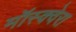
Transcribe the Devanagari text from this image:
मॉस्क्वेरा